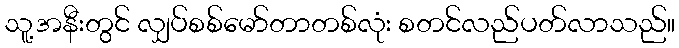
သူ့အနီးတွင် လျှပ်စစ်မော်တာတစ်လုံး စတင်လည်ပတ်လာသည်။